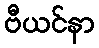
ဗီယင်နာ